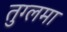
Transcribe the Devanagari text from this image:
तुग्लमा